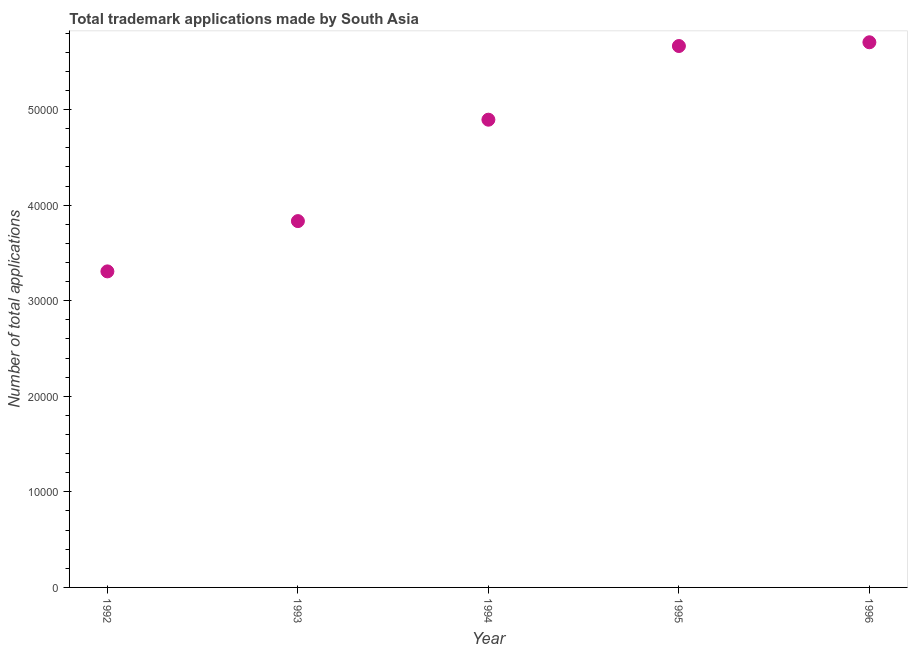
| Year | Trademark applications |
 | --- | --- |
 | 1992 | 3.31e+04 |
 | 1993 | 3.83e+04 |
 | 1994 | 4.9e+04 |
 | 1995 | 5.67e+04 |
 | 1996 | 5.71e+04 |